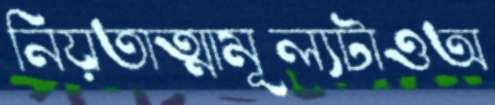
নিয়তাত্মামূল্যটাওঅ